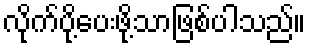
လိုက်ပို့ပေးဖို့သာဖြစ်ပါသည်။